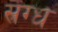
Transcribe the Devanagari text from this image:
स्रग्ध